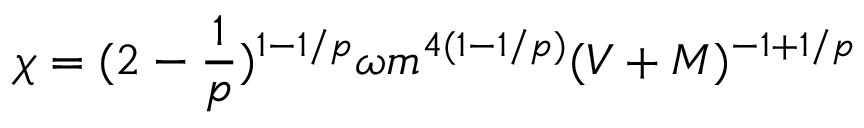
\chi = ( 2 - \frac { 1 } { p } ) ^ { 1 - 1 / p } \omega m ^ { 4 ( 1 - 1 / p ) } ( V + M ) ^ { - 1 + 1 / p }